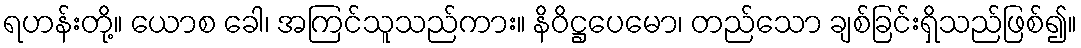
ရဟန်းတို့။ ယောစ ခေါ၊ အကြင်သူသည်ကား။ နိဝိဋ္ဌပေမော၊ တည်သော ချစ်ခြင်းရှိသည်ဖြစ်၍။